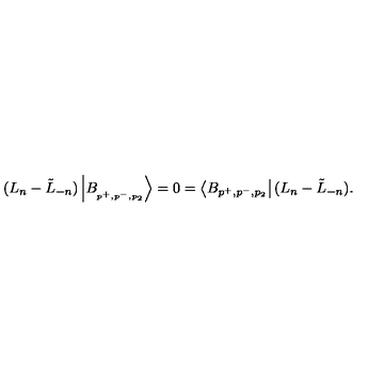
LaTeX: ( L _ { n } - \tilde { L } _ { - n } ) \left| B _ { _ { p ^ { + } , p ^ { - } , p _ { 2 } } } \right\rangle = 0 = \left\langle B _ { p ^ { + } , p ^ { - } , p _ { 2 } } \right| ( L _ { n } - \tilde { L } _ { - n } ) .